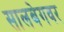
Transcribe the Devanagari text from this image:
सालबेगवर